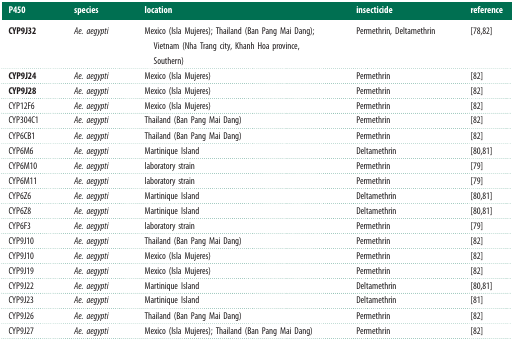
<table><thead><tr><td><b>P450</b></td><td><b>species</b></td><td><b>location</b></td><td><b>insecticide</b></td><td><b>reference</b></td></tr></thead><tbody><tr><td><b>CYP9J32</b></td><td><i>Ae. aegypti</i></td><td>Mexico (Isla Mujeres); Thailand (Ban Pang Mai Dang); Vietnam (Nha Trang city, Khanh Hoa province, Southern)</td><td>Permethrin, Deltamethrin</td><td>[78,82]</td></tr><tr><td><b>CYP9J24</b></td><td><i>Ae. aegypti</i></td><td>Mexico (Isla Mujeres)</td><td>Permethrin</td><td>[82]</td></tr><tr><td><b>CYP9J28</b></td><td><i>Ae. aegypti</i></td><td>Mexico (Isla Mujeres)</td><td>Permethrin</td><td>[82]</td></tr><tr><td>CYP12F6</td><td><i>Ae. aegypti</i></td><td>Mexico (Isla Mujeres)</td><td>Permethrin</td><td>[82]</td></tr><tr><td>CYP304C1</td><td><i>Ae. aegypti</i></td><td>Thailand (Ban Pang Mai Dang)</td><td>Permethrin</td><td>[82]</td></tr><tr><td>CYP6CB1</td><td><i>Ae. aegypti</i></td><td>Thailand (Ban Pang Mai Dang)</td><td>Permethrin</td><td>[82]</td></tr><tr><td>CYP6M6</td><td><i>Ae. aegypti</i></td><td>Martinique Island</td><td>Deltamethrin</td><td>[80,81]</td></tr><tr><td>CYP6M10</td><td><i>Ae. aegypti</i></td><td>laboratory strain</td><td>Permethrin</td><td>[79]</td></tr><tr><td>CYP6M11</td><td><i>Ae. aegypti</i></td><td>laboratory strain</td><td>Permethrin</td><td>[79]</td></tr><tr><td>CYP6Z6</td><td><i>Ae. aegypti</i></td><td>Martinique Island</td><td>Deltamethrin</td><td>[80,81]</td></tr><tr><td>CYP6Z8</td><td><i>Ae. aegypti</i></td><td>Martinique Island</td><td>Deltamethrin</td><td>[80,81]</td></tr><tr><td>CYP6F3</td><td><i>Ae. aegypti</i></td><td>laboratory strain</td><td>Permethrin</td><td>[79]</td></tr><tr><td>CYP9J10</td><td><i>Ae. aegypti</i></td><td>Thailand (Ban Pang Mai Dang)</td><td>Permethrin</td><td>[82]</td></tr><tr><td>CYP9J10</td><td><i>Ae. aegypti</i></td><td>Mexico (Isla Mujeres)</td><td>Permethrin</td><td>[82]</td></tr><tr><td>CYP9J19</td><td><i>Ae. aegypti</i></td><td>Mexico (Isla Mujeres)</td><td>Permethrin</td><td>[82]</td></tr><tr><td>CYP9J22</td><td><i>Ae. aegypti</i></td><td>Martinique Island</td><td>Deltamethrin</td><td>[80,81]</td></tr><tr><td>CYP9J23</td><td><i>Ae. aegypti</i></td><td>Martinique Island</td><td>Deltamethrin</td><td>[81]</td></tr><tr><td>CYP9J26</td><td><i>Ae. aegypti</i></td><td>Thailand (Ban Pang Mai Dang)</td><td>Permethrin</td><td>[82]</td></tr><tr><td>CYP9J27</td><td><i>Ae. aegypti</i></td><td>Mexico (Isla Mujeres); Thailand (Ban Pang Mai Dang)</td><td>Permethrin</td><td>[82]</td></tr></tbody></table>